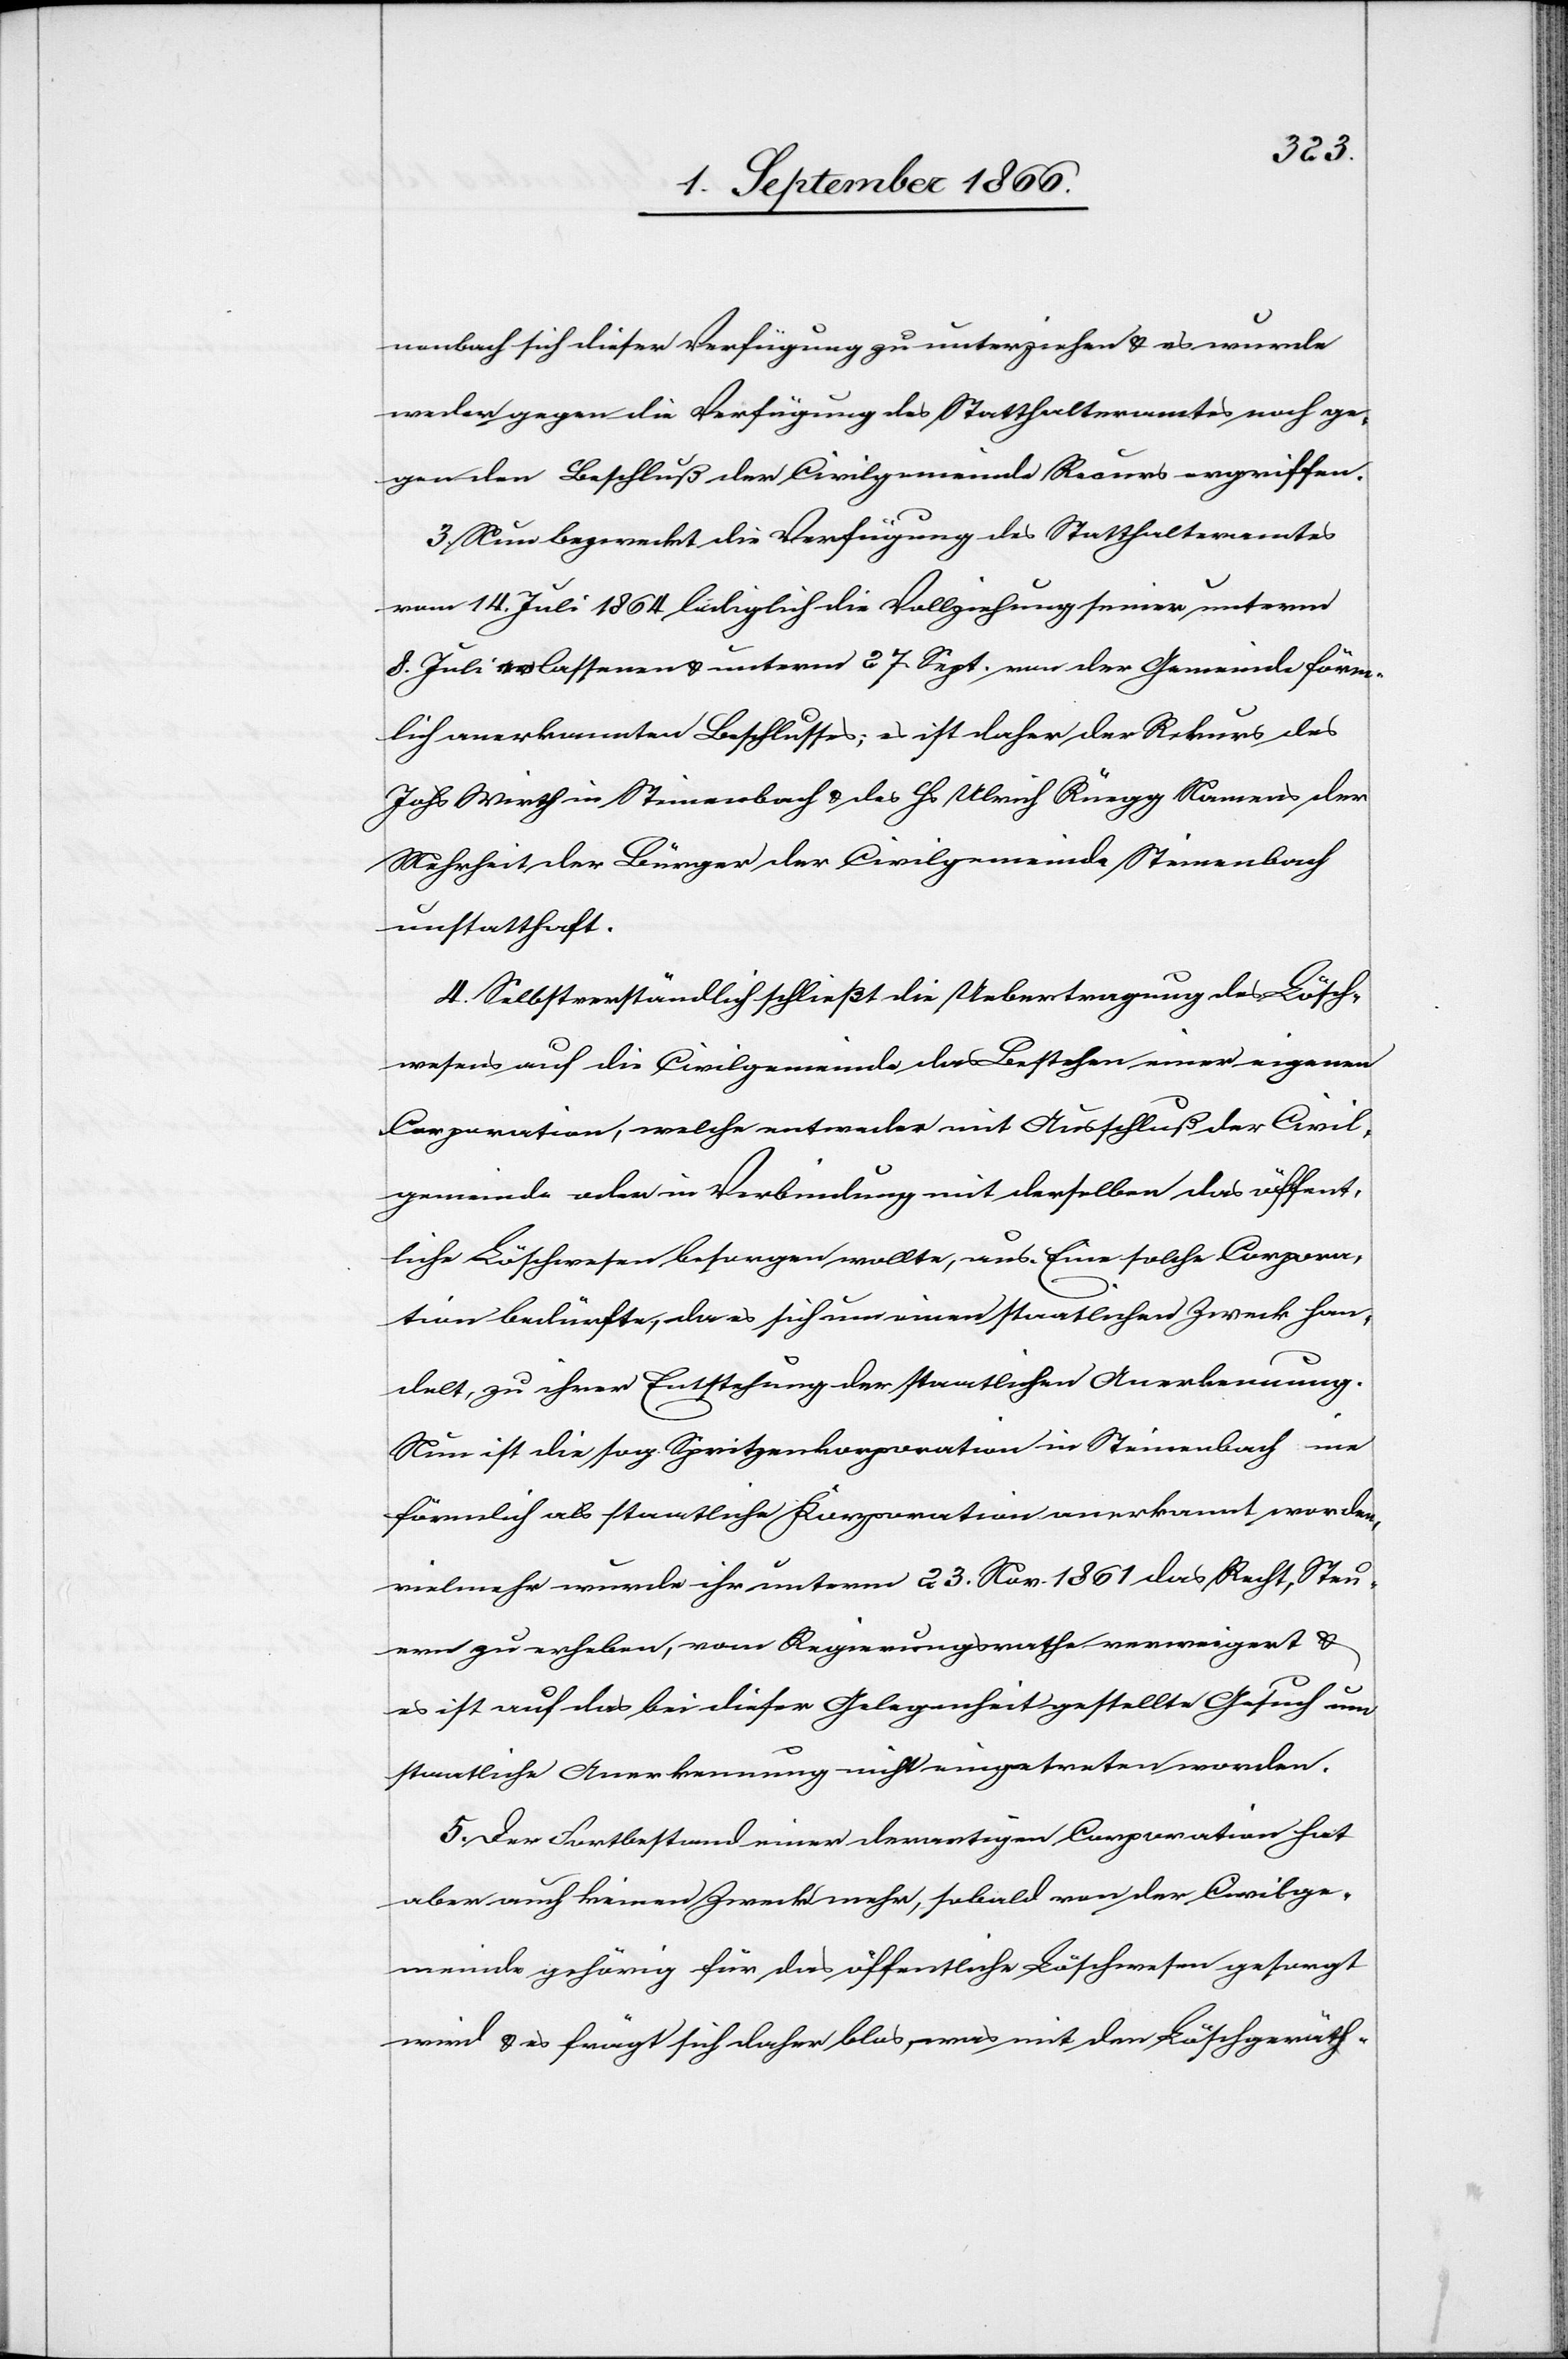
nenbach sich dieser Verfügung zu unterziehen u. es wurde
weder gegen die Verfügung des Statthalteramtes noch ge¬
gen den Beschluß der Civilgemeinde Recurs ergriffen.
3. Nun bezweckt die Verfügung des Statthalteramtes
vom 14. Juli 1864 lediglich die Vollziehung seines unterm
8. Juli erlassenen u. unterm 27. Sept. von der Gemeinde förm¬
lich anerkannten Beschlusses; es ist daher der Rekurs des
Johs. Wirth in Steinenbach u. des Hs. Ulrich Rüegg Namens der
Mehrheit der Bürger der Civilgemeinde Steinenbach
unstatthaft.
4. Selbstverständlich schließt die Uebertragung des Lösch¬
wesens auf die Civilgemeinde das Bestehen einer eigenen
Corporation, welche entweder mit Ausschluß der Civil¬
gemeinde oder in Verbindung mit derselben das öffent¬
liche Löschwesen besorgen wollte, aus. Eine solche Corpora¬
tion bedürfte, da es sich um einen staatlichen Zweck han¬
delt, zu ihrer Entstehung der staatlichen Anerkennung.
Nun ist die sog. Spritzenkorporation in Steinenbach nie
förmlich als staatliche Korporation anerkannt worden,
vielmehr wurde ihr unterm 23. Nov. 1861 das Recht, Steu¬
ern zu erheben, vom Regierungsrathe verweigert u.
es ist auf das bei dieser Gelegenheit gestellte Gesuch um
staatliche Anerkennung nicht eingetreten worden.
5. Der Fortbestand einer derartigen Corporation hat
aber auch keinen Zweck mehr, sobald von der Civilge¬
meinde gehörig für das öffentliche Löschwesen gesorgt
wird u. es frägt sich daher blos, was mit den Löschgeräth-